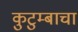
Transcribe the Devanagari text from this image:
कुटुम्बाचा